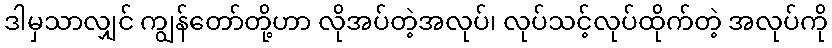
ဒါမှသာလျှင် ကျွန်တော်တို့ဟာ လိုအပ်တဲ့အလုပ်၊ လုပ်သင့်လုပ်ထိုက်တဲ့ အလုပ်ကို